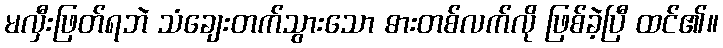
မလှီးဖြတ်ရဘဲ သံချေးတက်သွားသော ဓားတစ်လက်လို ဖြစ်ခဲ့ပြီ ထင်၏။